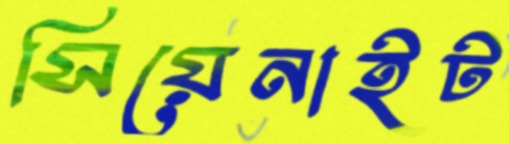
সিয়েনাইট